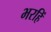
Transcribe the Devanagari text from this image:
भरहिं